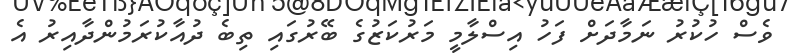
ވެސް ހުކުރު ނަމާދަށް ފަހު އިސްލާމީ މަރުކަޒުގެ ބޭރުގައި ތިބެ ދުއާކުރަމުންދާއިރު އެ